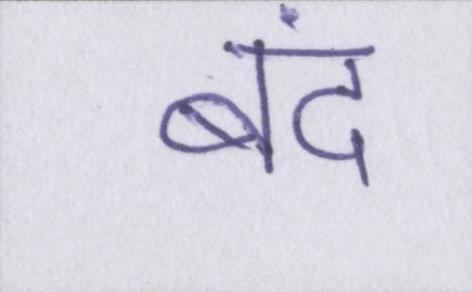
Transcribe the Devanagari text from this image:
बंद